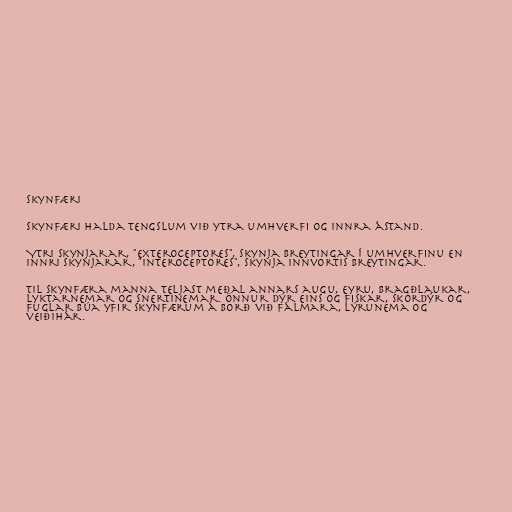
Skynfæri

Skynfæri halda tengslum við ytra umhverfi og innra ástand.

Ytri skynjarar, "exteroceptores", skynja breytingar í umhverfinu en
innri skynjarar, "interoceptores", skynja innvortis breytingar.

Til skynfæra manna teljast meðal annars augu, eyru, bragðlaukar,
lyktarnemar og snertinemar. Önnur dýr eins og fiskar, skordýr og
fuglar búa yfir skynfærum á borð við fálmara, lýrunema og
veiðihár.